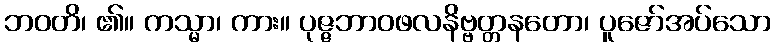
ဘဝတိ၊ ၏။ ကသ္မာ၊ ကား။ ပုဇ္ဇဘာဝဖလနိဗ္ဗတ္တနတော၊ ပူဇော်အပ်သော